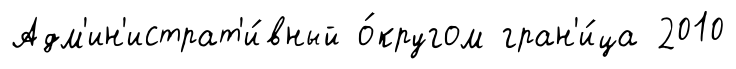
Адм'ин'истрат'и́вный о́кругом гран'и́ца 2010